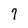
Character: 9